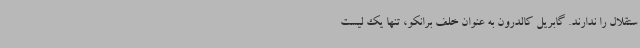
ستقلال را ندارند. گابریل کالدرون به‌ عنوان خلف برانکو، تنها یک لیست